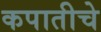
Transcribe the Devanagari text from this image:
कपातीचे